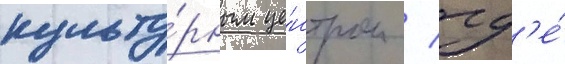
культу́рным це́нтром / гд'е́